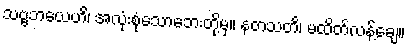
သဗ္ဗဘယေဟိ၊ အလုံးစုံသောဘေးတို့မှ။ နတသတိ၊ မထိတ်လန့်ချေ။